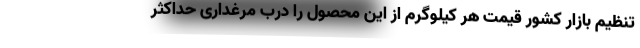
تنظیم بازار کشور قیمت هر کیلوگرم از این محصول را درب مرغداری حداکثر